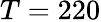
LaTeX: T=220